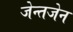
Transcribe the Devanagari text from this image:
जेन्तजेन